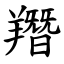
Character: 䍼